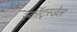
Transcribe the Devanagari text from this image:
स्कॉट्स्डेल